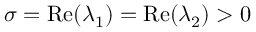
\sigma = \operatorname { R e } ( \lambda _ { 1 } ) = \operatorname { R e } ( \lambda _ { 2 } ) > 0